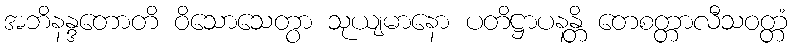
အဘိနန္ဒတောတိ ဝိသောသေတွာ သုယျမာနော ပတိဋ္ဌာပနန္တိ တေစတ္တာလီသဝတ္တံ